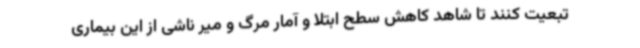
تبعیت کنند تا شاهد کاهش سطح ابتلا و آمار مرگ و میر ناشی از این بیماری